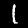
Digit: 1